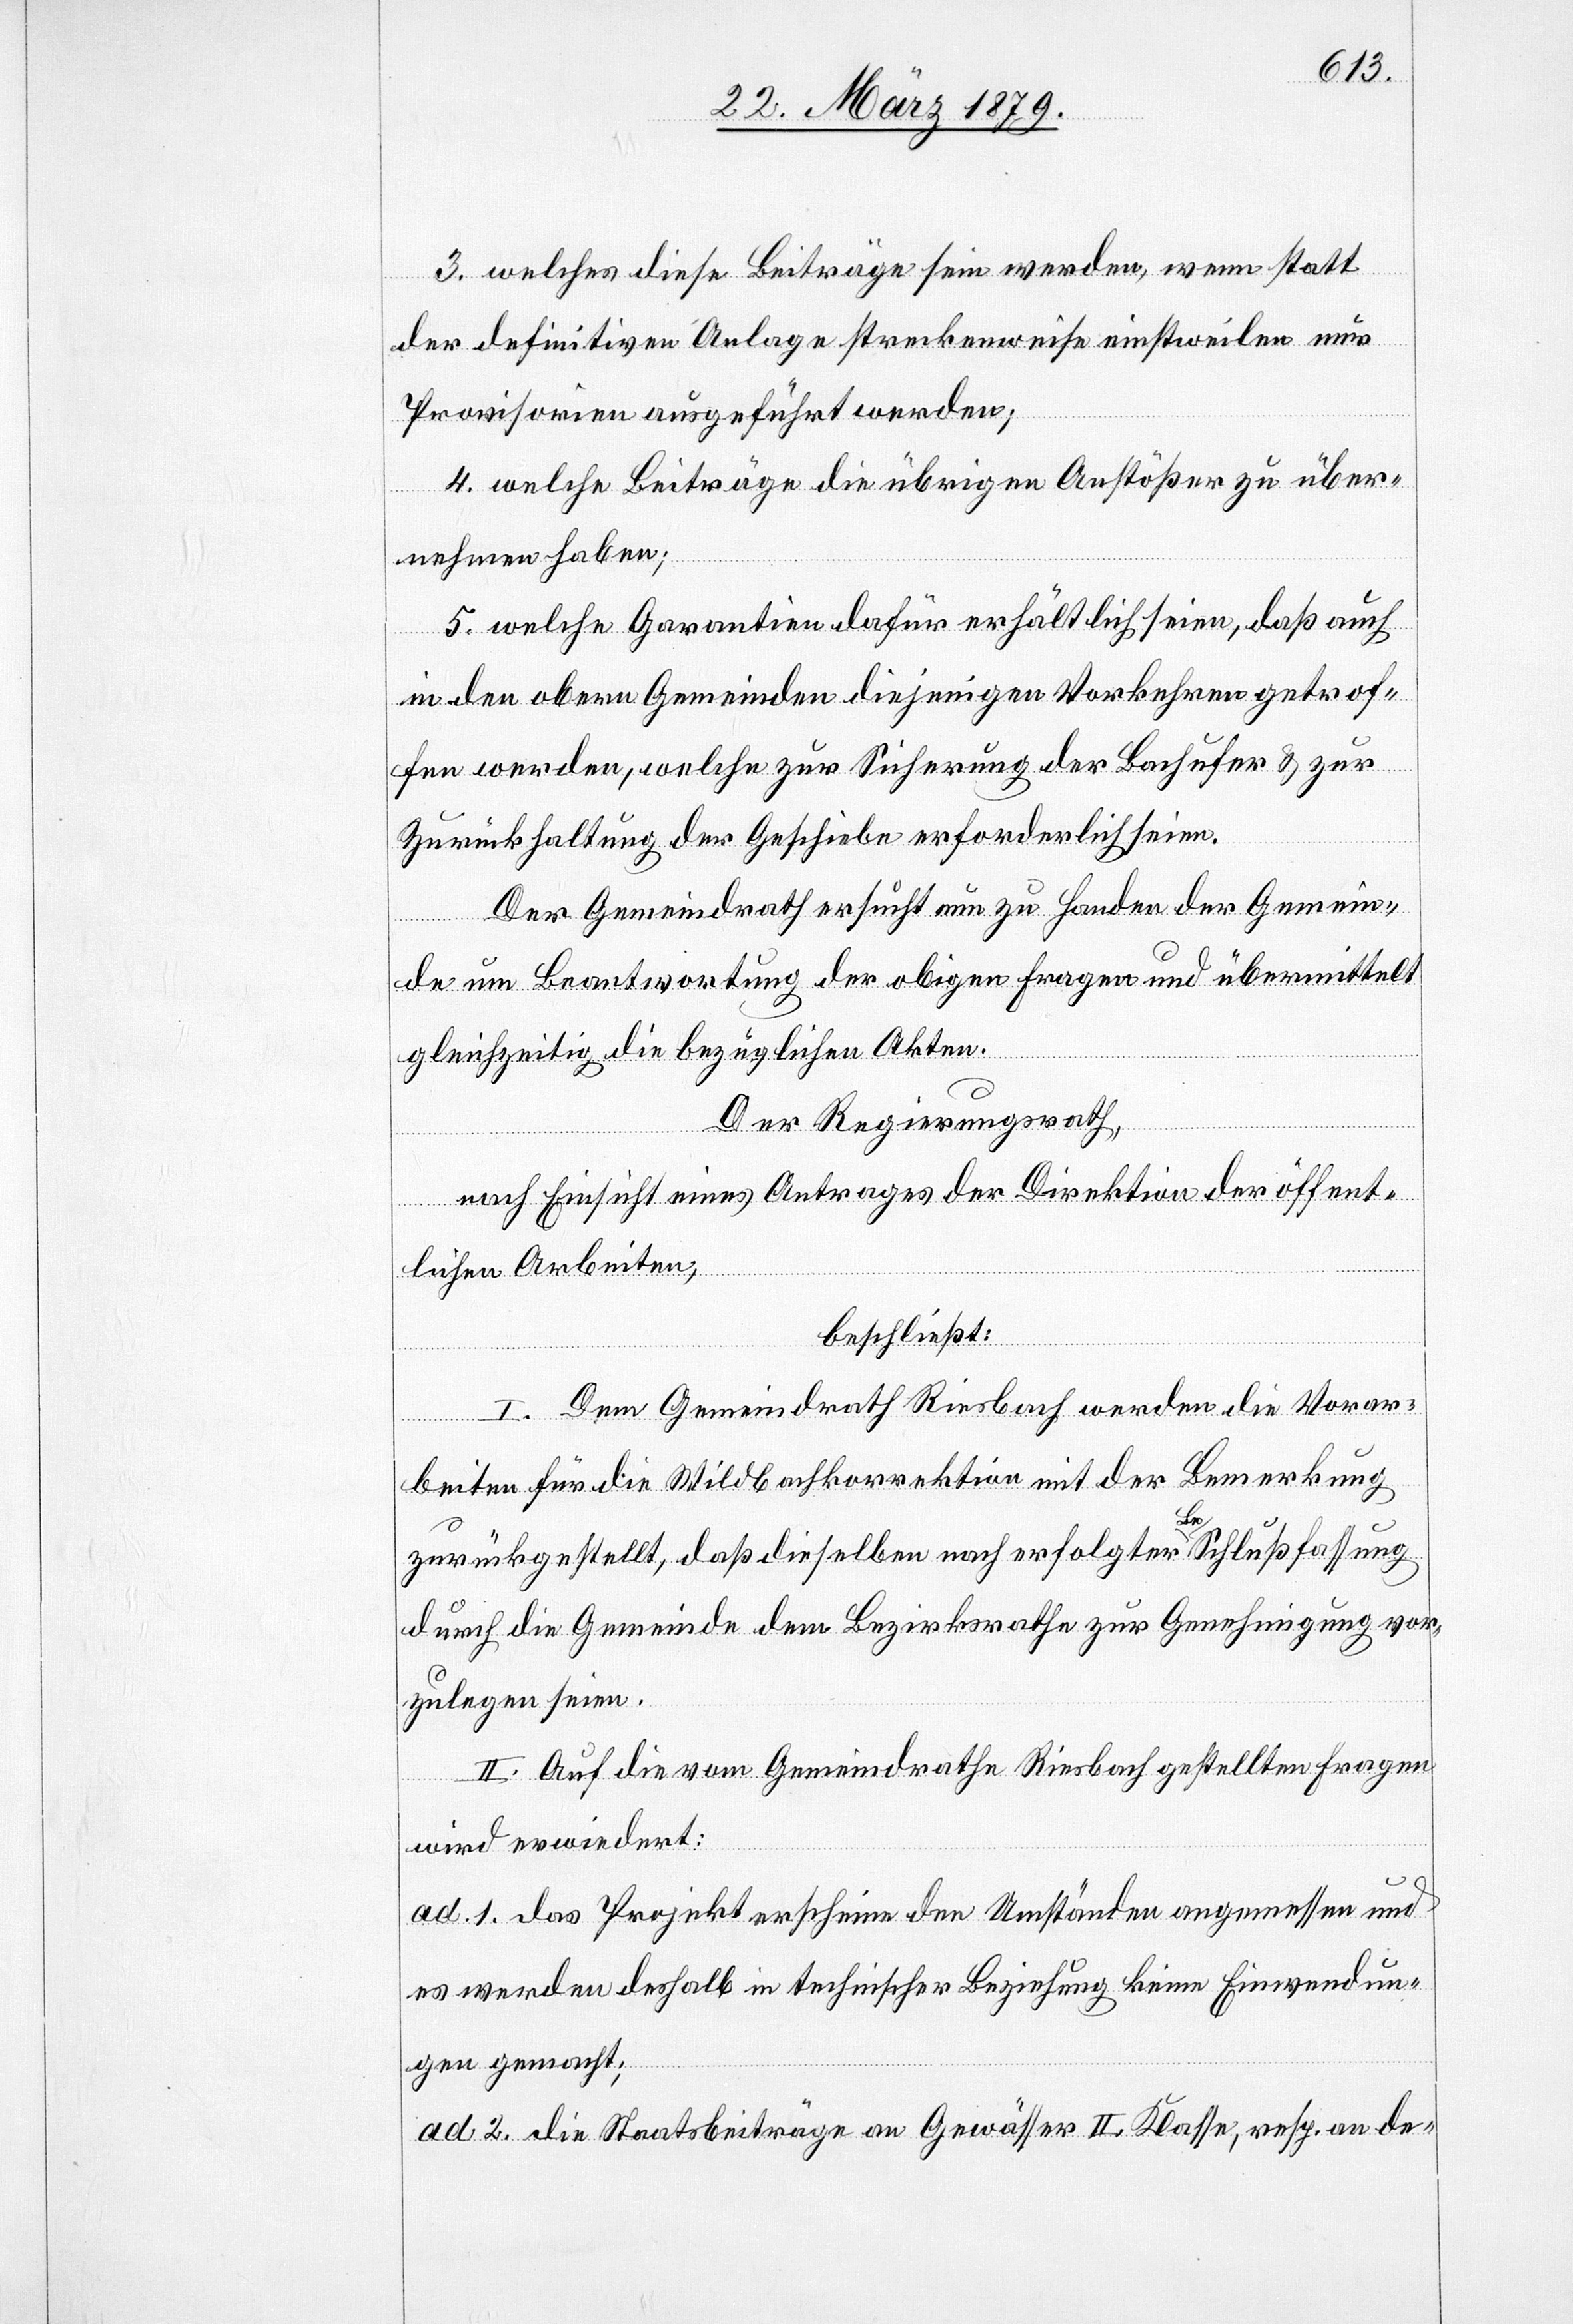
3. welches diese Beiträge sein werden, wenn statt
der definitiven Anlage streckenweise einstweilen nur
Provisorien ausgeführt werden;
4. welche Beiträge die übrigen Anstößer zu über¬
nehmen haben;
5. welche Garantien dafür erhältlich seien, daß auch
in den obern Gemeinden diejenigen Vorkehren getrof¬
fen werden, welche zur Sicherung der Bachufer & zur
Zurückhaltung der Geschiebe erforderlich seien.
Der Gemeindrath ersucht nun zu Handen der Gemein¬
keine
de um Beantwortung der obigen Fragen und übermittelt
gleichzeitig die bezüglichen Akten.
Einwendun¬
Der Regierungsrath,
nach Einsicht eines Antrages der Direktion der öffent¬
lichen Arbeiten,
beschließt:
I. Dem Gemeindrath Riesbach werden die Vorar¬
beiten für die Wildbachkorrektion mit der Bemerkung
zurückgestellt, daß dieselben nach erfolgter Beschlußfassung
durch die Gemeinde dem Bezirksrathe zur Genehmigung vor¬
zulegen seien.
II. Auf die vom Gemeindrathe Riesbach gestellten Fragen
wird erwiedert:
ad 1. Das Projekt erscheine den Umständen angemessen und
gen gemacht;
ad 2. Die Staatsbeiträge an Gewässer II. Kl. , resp. an de-